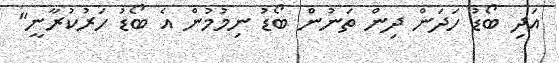
އަދި ބޯޑު ހަދަން ދިން ތަނުން ބޯޑު ނިމުމުން އެ ބޯޑު ހަރުކުރާނީ"